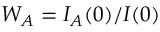
W _ { A } = I _ { A } ( 0 ) / I ( 0 )